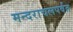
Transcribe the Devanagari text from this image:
मन्दराचलपर्वत